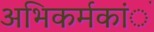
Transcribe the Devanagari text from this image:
अभिकर्मकांे